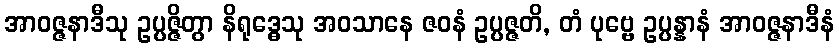
အာဝဇ္ဇနာဒီသု ဥပ္ပဇ္ဇိတွာ နိရုဒ္ဓေသု အဝသာနေ ဇဝနံ ဥပ္ပဇ္ဇတိ, တံ ပုဗ္ဗေ ဥပ္ပန္နာနံ အာဝဇ္ဇနာဒီနံ